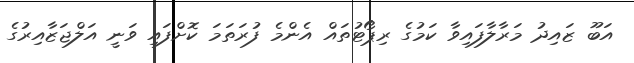
އަބޫ ޒައިދު މަރާލާފައިވާ ކަމުގެ ރިޕޯޓުތައް އެންމެ ފުރަތަމަ ކޮށްފައި ވަނީ އަލްޖަޒާއިރުގެ